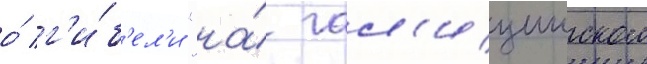
о́ г'и́б'ел'и "на́ гал'ицииском